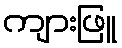
ကျားဖြူ